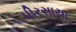
પીરસાયા